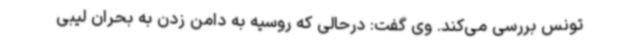
تونس بررسی می‌کند. وی گفت: درحالی که روسیه به دامن زدن به بحران لیبی